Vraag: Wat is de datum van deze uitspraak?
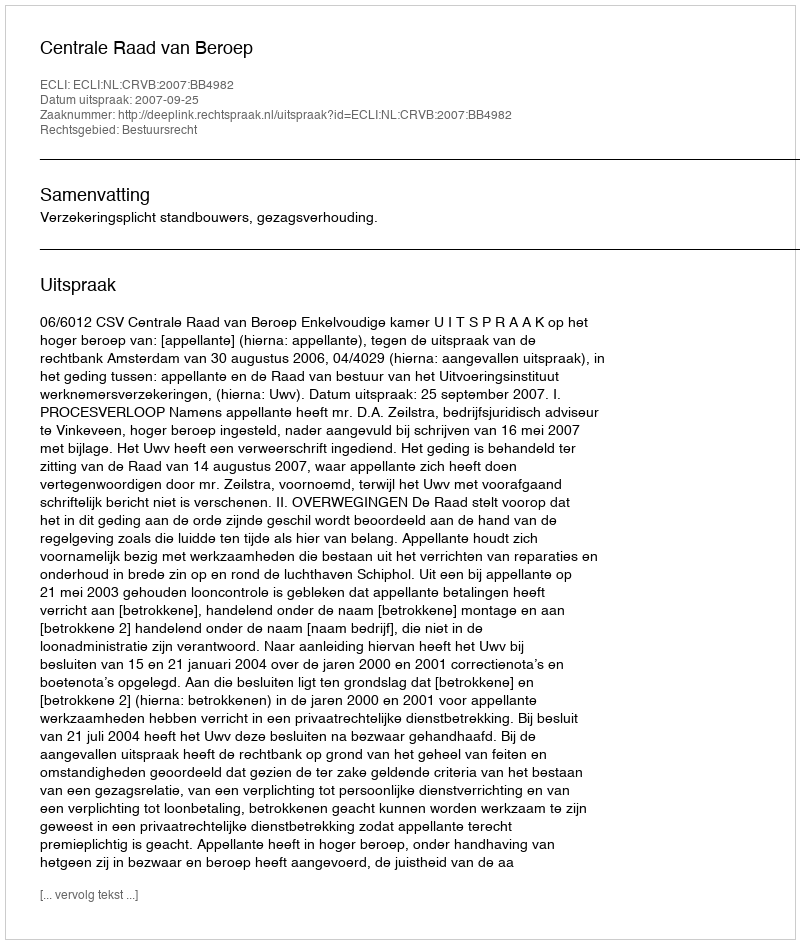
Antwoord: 2007-09-25